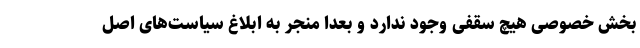
بخش خصوصی هیچ سقفی وجود ندارد و بعداً منجر به ابلاغ سیاست‌های اصل